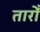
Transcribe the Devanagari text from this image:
तारोँ